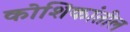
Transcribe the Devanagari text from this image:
कोशिकांतील